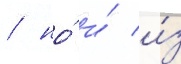
/ но́ и́ и́з